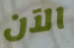
الآن